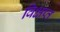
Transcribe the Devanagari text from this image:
विक्षप्त